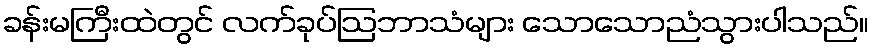
ခန်းမကြီးထဲတွင် လက်ခုပ်ဩဘာသံများ သောသောညံသွားပါသည်။